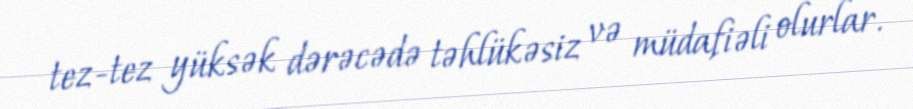
tez-tez yüksək dərəcədə təhlükəsiz və müdafiəli olurlar.